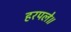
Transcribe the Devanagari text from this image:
हरपले॥